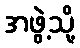
အဖွဲ့သို့